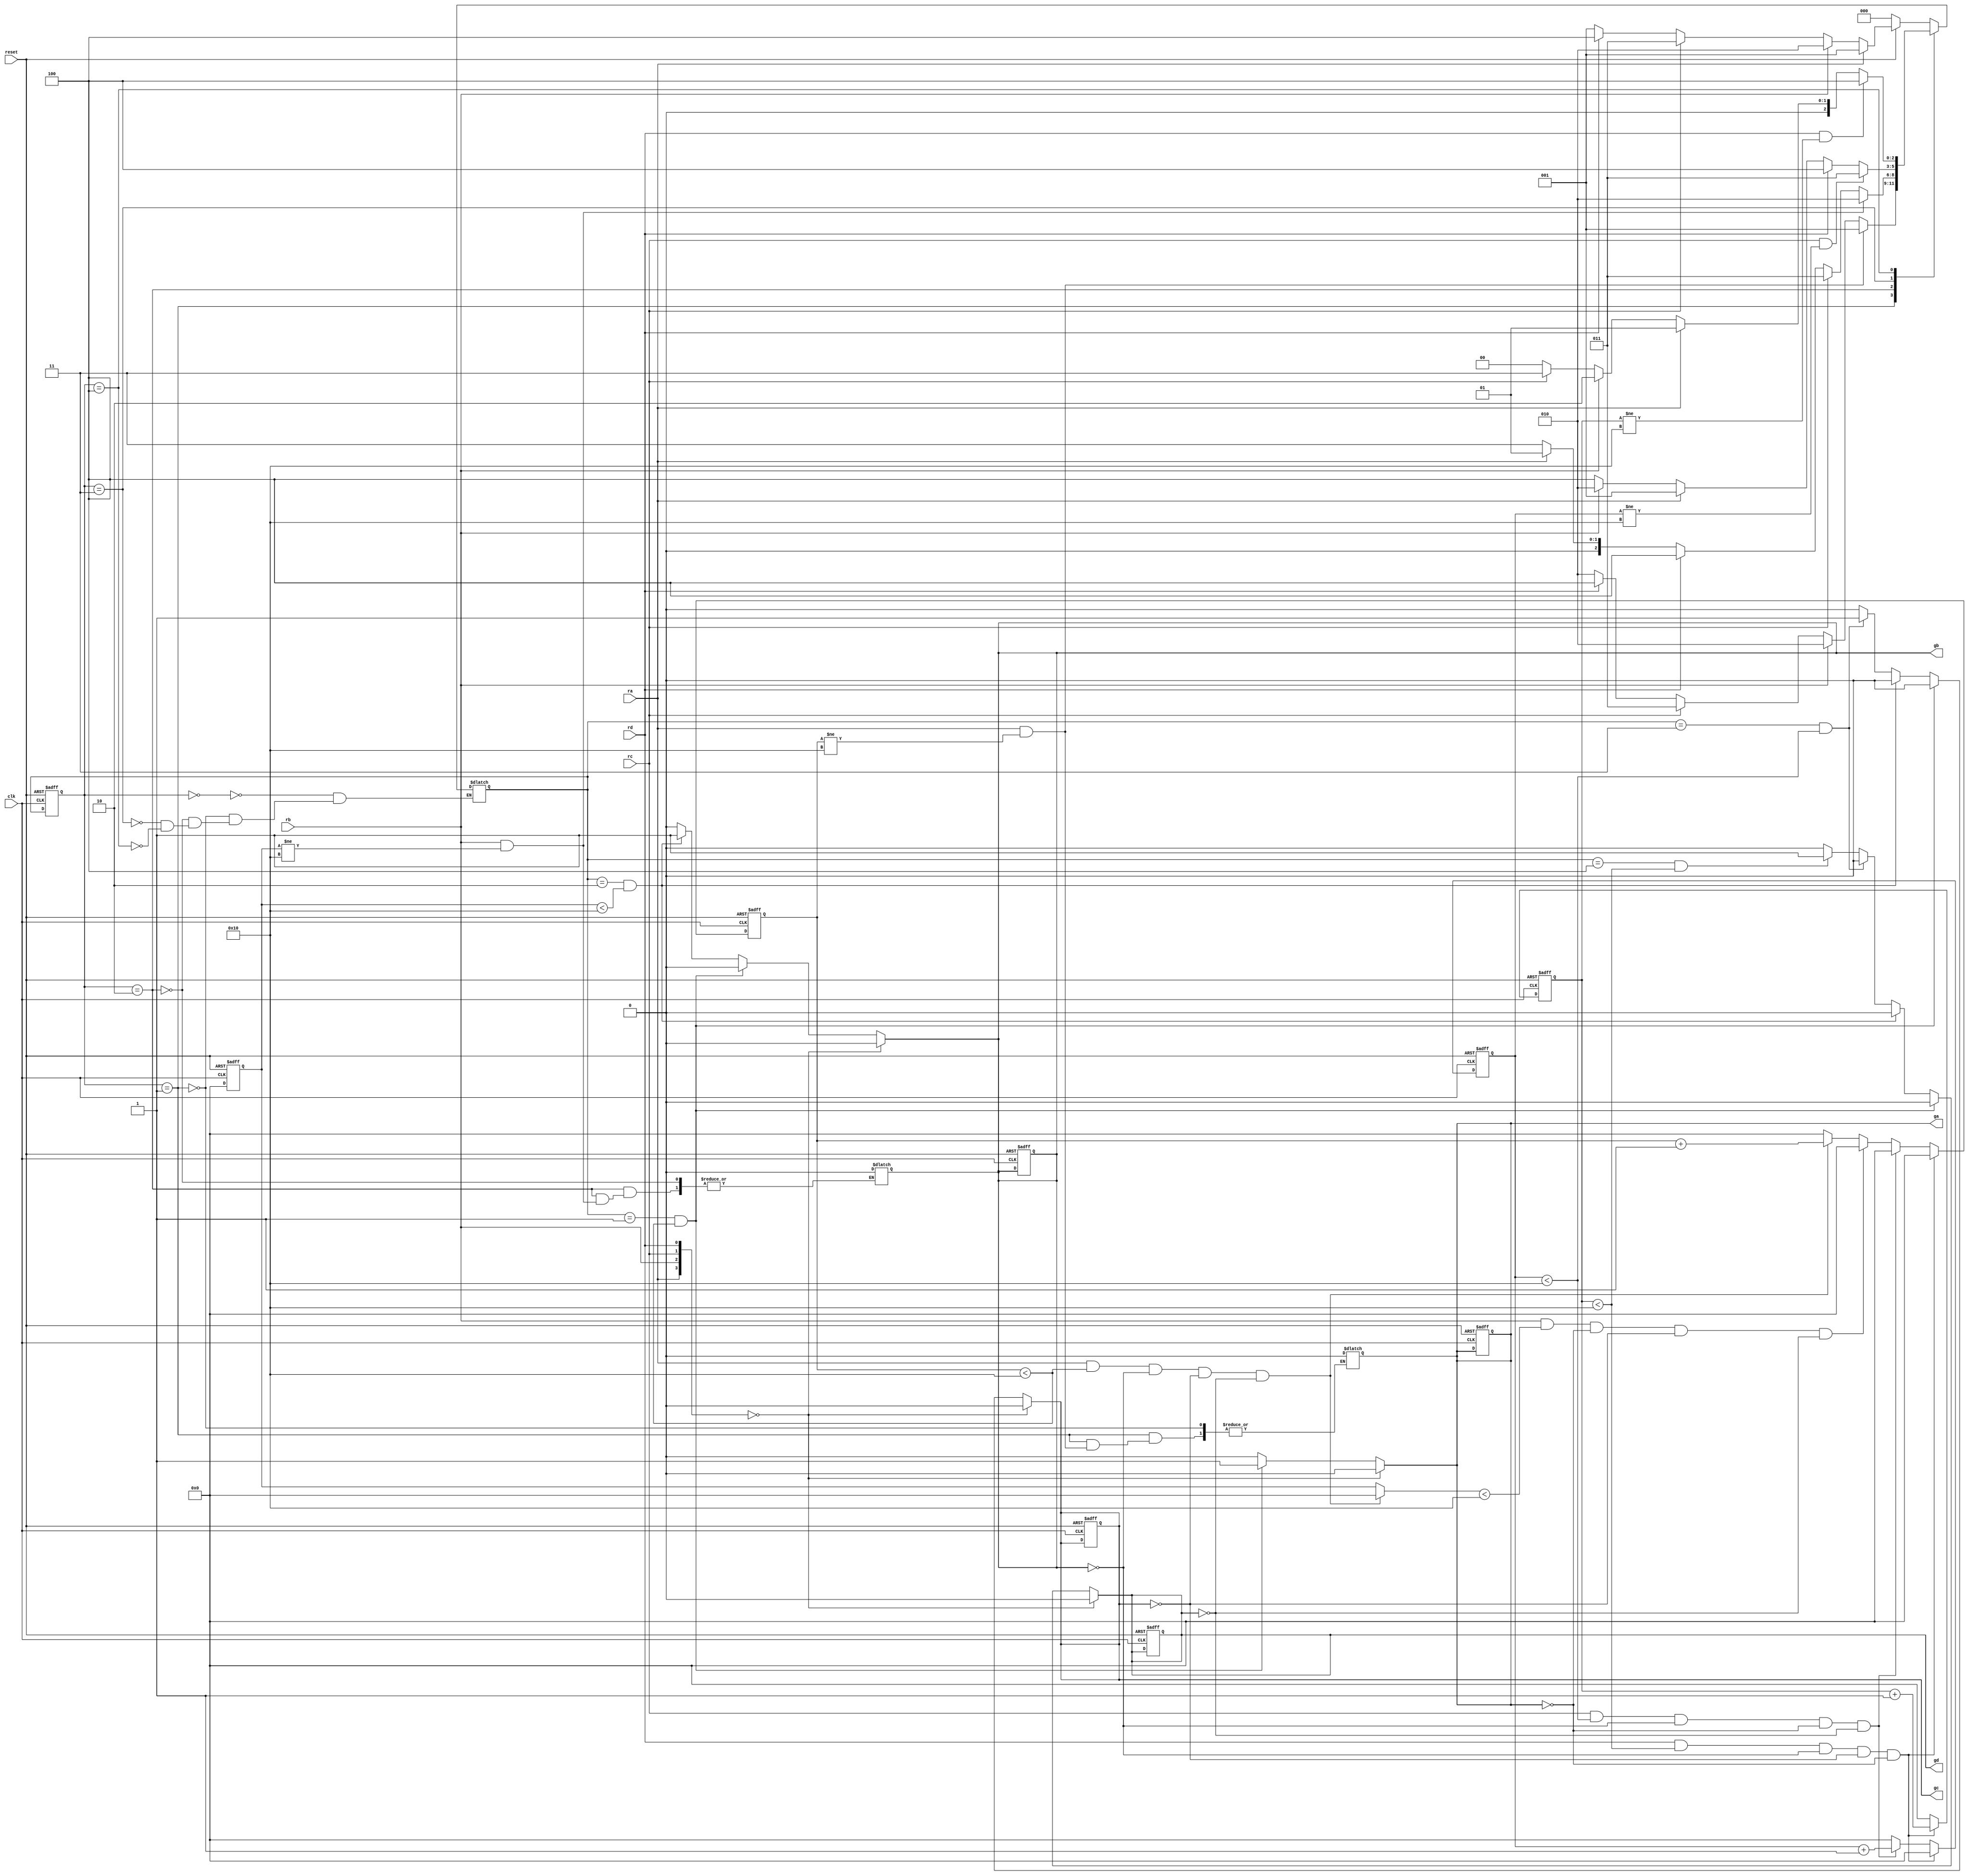

//                              -*- Mode: Verilog -*-
// Description     : arbiter new
// Last Modified By: .
// Last Modified On: .
// Update Count    : 0
// Status          : Unknown, Use with caution!
///////////////////////////////////////////////////////////


module arbiter2(//***********************
	       //input port declarations
	       //***********************
	       ra,
	       rb,
	       rc,
	       rd,
	       clk,
	       reset,
	       //************************
	       //output port declarations
	       //************************
	       ga,
	       gb,
	       gc,
	       gd);

   //*******************
   //input declarations
   //*******************
   input ra;
   input rb;
   input rc;
   input rd;
   input clk;
   input reset;

   //*******************
   //output declarations
   //*******************
   output ga;
   output gb;
   output gc;
   output gd;

   //*********************
   //parameter declartions
   //*********************
   parameter i=3'b000;
   parameter s0=3'b001;
   parameter s1=3'b010;
   parameter s2=3'b011;
   parameter s3=3'b100;

   //**********************
   //register declarations
   //**********************
   reg [2:0] ns;
   reg [2:0] ps;
   reg [4:0] cnta;
   reg [4:0] cntb;
   reg [4:0] cntc;
   reg [4:0] cntd; 
   reg ga;
   reg gb;
   reg gc;
   reg gd;


   always @(ps or ns or ra or rb or rc or rd or cnta or cntb or cntc or cntd)
     begin
	case (ps)
	  i: begin
	     if(~reset)
	       ns=i;
	     
	     else if(ra==1'b1)
	       ns=s0;
	     else if(rb==1'b1)
	       ns=s1;
	     else if(rc==1'b1)
	       ns=s2;
	     else if(rd==1'b1)
	       ns=s3;
	     else
	       ns=s0;
	  end // case: i
	  
       
       s0: begin

	  
	  if((ra==1'b1)&&(cnta!=16))
	    begin
	       
	       ns=s0;
	    end
	  else
	    begin
	       ga=1'b0;
	       if(rb==1'b1)
		 ns=s1;
	       else if(rc==1'b1)
		 ns=s2;
	       else if(rd==1'b1)
		 ns=s3;
	       else /*if({ra,rb,rc,rd}==4'b0)*/
		 ns=s1;
	      // else
		 //ns=ns;
	    end // else: !if((ra==1'b1)&&(cnta<5'b10001))
       end // case: s0
	         
 
       s1: begin
	  
	  if((rb==1'b1)&&(cntb!=16))
	      begin
		 ns=s1;
		
	      end
	  else
	    begin
	       gb=1'b0;
	       if(rc==1'b1)
		 ns=s2;
	       else if(rd==1'b1)
		 ns=s3;
		  else if(ra==1'b1)
		 ns=s0;  
	       else /*if({ra,rb,rc,rd}==4'b0)*/
		 ns=s2;
	         
	       //else
		 //ns=i;      
	    end // else: !if((rb==1'b1)&&(cntb<16))
       end // case: s1
       
       
       s2: 
	 begin
	    
	    if((rc==1'b1)&&(cntc!=16))
	      begin
		 
	      	 ns=s2;
	      end     
	    else
	      begin
		
		 
		 if(rd==1)
		   ns=s3;
		 else if(ra==1)
		   ns=s0;
		 else if(rb==1)
		 ns=s1;
		 else /*if({ra,rb,rc,rd}==4'b0)*/
		   ns=s3;
		 //else
		   //ns=i;
		 
	      end // if (cntc==5'b01111)
	    
	 end // case: s2	
       
       
       s3: begin
	  
	  if((rd==1'b1)&&(cntd!=16))
	    begin	       
	       ns=s3;	    
	    end
	  else if(ra==1'b1)
	    ns=s0;
	  else if(rb==1'b1)
	    ns=s1;
	  else if(rc==1'b1)
	    ns=s2;
	  else
	    ns=i;
        
       end // case: s3
       default: begin
	  //ga=ga;
	  //gb=gb;
	  //gc=gc;
	  //gd=gd;
       end  
     endcase // case (ps)
   
     end // always @ (ra or rb or rc or rd or ps or ns or cnt

       always @(ps or ns or ra or rb or rc or rd)
	 begin
	    if({ra,rb,rc,rd}==4'b0)
	      begin
		 ga=1'b0;
		 gb=1'b0;
		 gc=1'b0;
		 gd=1'b0;
	      end
	    else
	      begin
		 
		 if((ns==s0)&&(cnta<16))
		   begin
		      ga=1'b1;
		      gb=1'b0;
		      gc=1'b0;
		      gd=1'b0;
		   end
		 else if((ns==s1)&&(cntb<16))
		   begin
		      gb=1'b1;
		      ga=1'b0;
		      gc=1'b0;
		      gd=1'b0;
		      
		   end
		 
		 else if((ns==s2)&&(cntc<16))
		   begin
		      gc=1'b1;
		      ga=1'b0;
		      gb=1'b0;
		      gd=1'b0;
		      
		   end
		 else if((ns==s3)&&(cntd<16))
		   begin
		      gd=1'b1;
		      ga=1'b0;
		      gb=1'b0;
		      gc=1'b0;
		   end
		 else
		   begin
		      gd=1'b0;
		      ga=1'b0;
		      gb=1'b0;
		      gc=1'b0;
		   end
	      end // else: !if({ra,rb,rc,rd}==4'b0)
	    
	    
     end // always @ (ps or ns or ra or rb or rc or rd)
   

		     
    always @(posedge clk or negedge reset)
     
     begin	
	if(~reset)
	  begin
	     ga<=1'b0;
	     gb<=1'b0;
	     gc<=1'b0;
	     gd<=1'b0;
	     cnta<=4'b0;
	     cntb<=4'b0;
	     cntc<=4'b0;
	     cntd<=4'b0;
	     ps<=i;
	     
	  end // if (~reset)	
	else
	  begin
	     ps<=ns;
	     
	     if((ra==1'b1)&&(cnta<16)&&(gb!=1'b1)&&(gc!=1'b1)&&(gd!=1'b1))
	       begin
		  cnta<=cnta+1'b1;
		  cntb=1'b0;
		  cntc<=1'b0;
		  cntd<=1'b0;
	       end
	     else
	       cnta<=5'b0;
	     
	     
	     if((rb==1'b1)&&(cntb<16)&&(ga!=1'b1)&&(gc!=1'b1)&&(gd!=1'b1))
	       begin
		  cntb<=cntb+1'b1;
		   cnta<=1'b0;
		  cntb=1'b0;
		  
		  cntd<=1'b0;
	       end
	     else
	       cntb<=5'b0;
	     
	     if((rc==1'b1)&&(cntc<16)&&(gb!=1'b1)&&(ga!=1'b1)&&(gd!=1'b1))
	       begin
		  cntc<=cntc+1'b1;
		  cnta<=1'b0;
		  cntb<=1'b0;
		  cntd<=1'b0;
	       end
	     else
	       cntc<=5'b0;
	     
	     if((rd==1'b1)&&(cntd<16)&&(gb!=1'b1)&&(gc!=1'b1)&&(ga!=1'b1))
	       begin
		  cntd<=cntd+1'b1;
		  cnta<=1'b0;
		  cntb<=1'b0;
		  cntc<=1'b0;
	       end
	     else
	       cntd<=5'b0;
	     
	  end // else: !if(~reset)
     end // always @ (posedge clk or negedge reset)
   
endmodule // arbiter